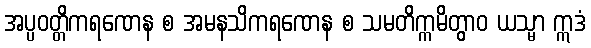
အပ္ပဝတ္တိကရဏေန စ အမနသိကရဏေန စ သမတိက္ကမိတွာဝ ယသ္မာ ဣဒံ